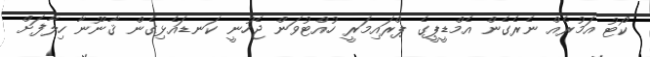
ކޯޓު އަމުރެއް ނެރެގެން އެމްޑީޕީގެ ޕްރައިމަރީ ހުއްޓުވަން ޖެހުނީ ކަނޑައެޅިގެން ޤާނޫނާ ހިލާފަށް